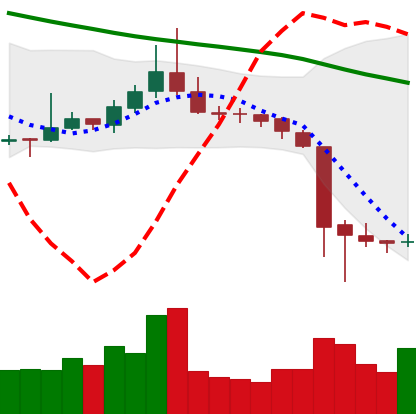
Ticker: TRX-USD
Chart end date: 2018-11-18
Forward return: -27.476%
Label: down_7plus